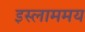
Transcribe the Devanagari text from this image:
इस्लाममय